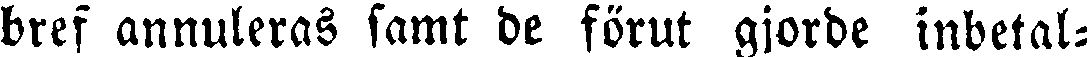
bref annuleras samt de förut gjorde inbetal-